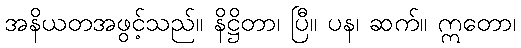
အနိယတအဖွင့်သည်။ နိဋ္ဌိတာ၊ ပြီ။ ပန၊ ဆက်။ ဣတော၊